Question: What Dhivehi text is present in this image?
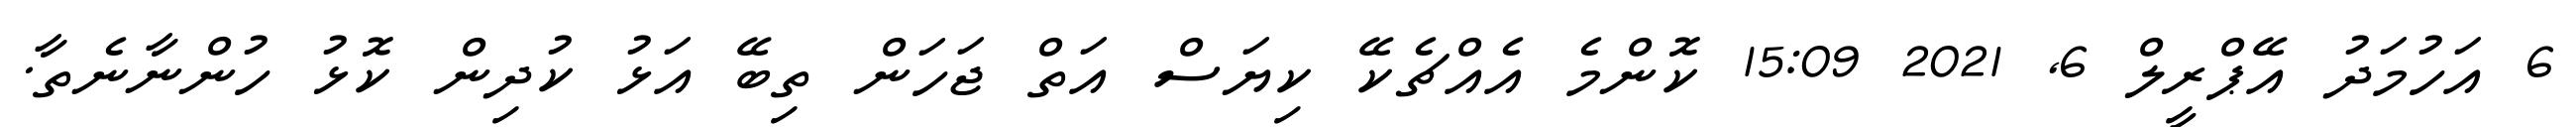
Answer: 6 އަހުމަދު އޭޕްރީލް 6, 2021 15:09 ކޮންމެ އެއްޗެކޭ ކިޔަސް އަތް ޖަހަން ތިބޭ އަޅު ކުދިން ކޮޅު ހުންނާނެތާ.